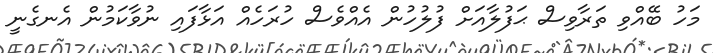
މަހު ބޭއްވި ތަރާވިސް ޙަފުލާއަށް ފުލުހުން އެއްވެސް ހުރަހެއް އަޅާފައި ނުވާކަމުން އެނގެނީ